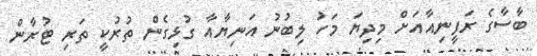
ބާސާގެ ރަފީނިއާއަށް މިދިޔަ މަހު ލިބުނު އަނިޔާއާ ގުޅިގެން ތުރުކީ ތަރި ޓުރާން